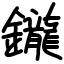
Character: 鑨